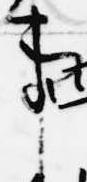
事